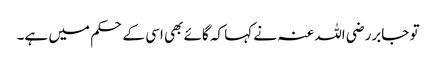
تو جابررضی اللہ عنہ نے کہا کہ گائے بھی اسی کے حکم میں ہے۔